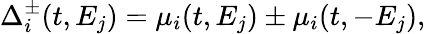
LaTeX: \Delta_{i}^{\pm}(t,E_{j})=\mu_{i}(t,E_{j})\pm\mu_{i}(t,-E_{j}),